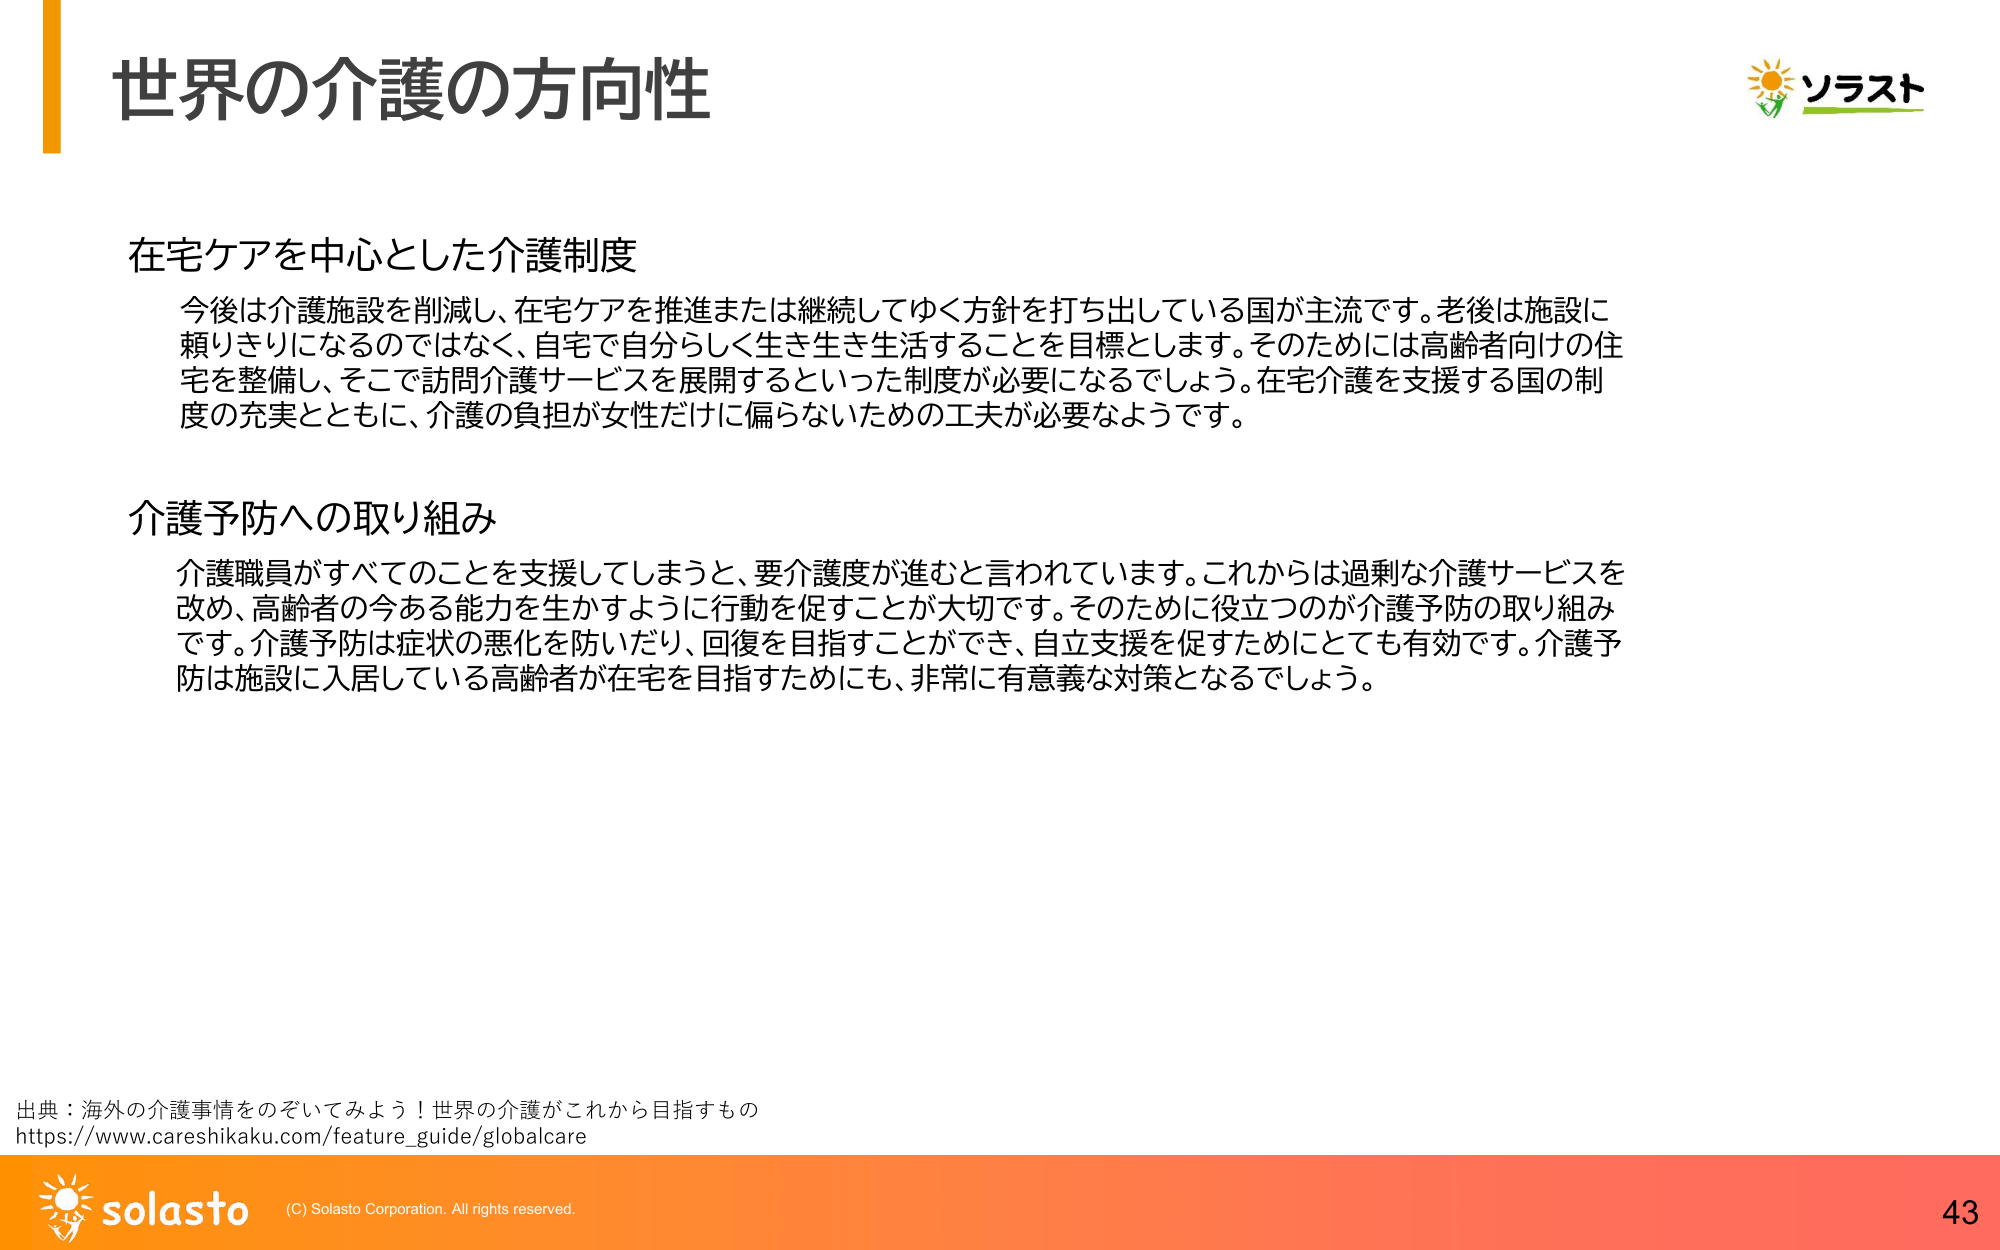
世界の介護の方向性

在宅ケアを中心とした介護制度
今後は介護施設を削減し、在宅ケアを推進または継続してゆく方針を打ち出している国が主流です。老後は施設に頼りきりになるのではなく、自宅で自分らしく生き生き生活することを目標とします。そのためには高齢者向けの住宅を整備し、そこで訪問介護サービスを展開するといった制度が必要になるでしょう。在宅介護を支援する国の制度の充実とともに、介護の負担が女性だけに偏らないための工夫が必要なようです。

介護予防への取り組み
介護職員がすべてのことを支援してしまうと、要介護度が進むと言われています。これからは過剰な介護サービスを改め、高齢者の今ある能力を生かすように行動を促すことが大切です。そのために役立つのが介護予防の取り組みです。介護予防は症状の悪化を防いだり、回復を目指すことができ、自立支援を促すためにとても有効です。介護予防は施設に入居している高齢者が在宅を目指すためにも、非常に有意義な対策となるでしょう。

出典：海外の介護事情をのぞいてみよう！世界の介護がこれから目指すもの
https://www.careshikaku.com/feature_guide/globalcare

ソラスト
solasto (C) Solasto Corporation. All rights reserved.
43